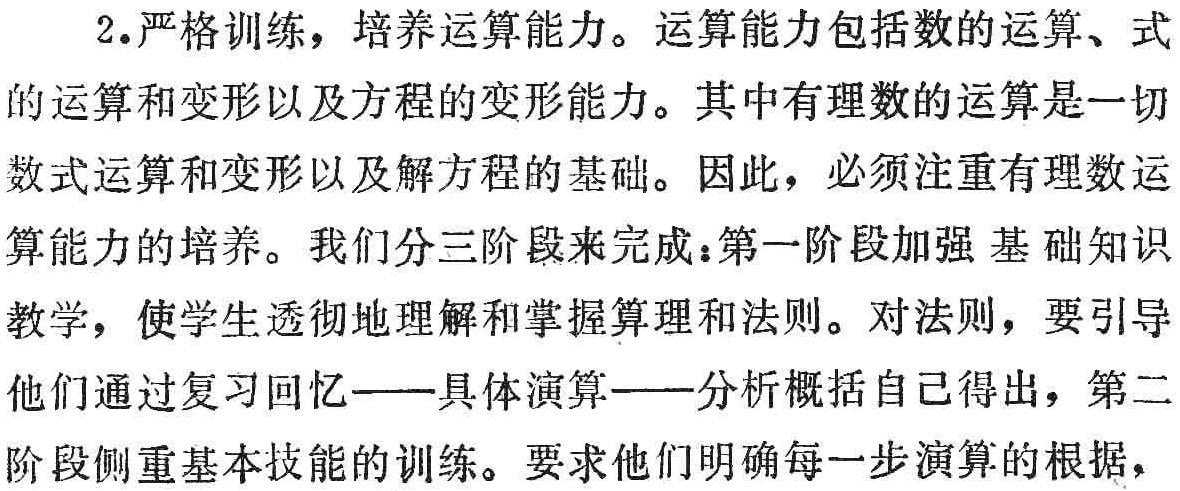
2.严格训练，培养运算能力。运算能力包括数的运算、式

的运算和变形以及方程的变形能力。其中有理数的运算是一切

数式运算和变形以及解方程的基础。因此，必须注重有理数运

算能力的培养。我们分三阶段来完成：第一阶段加强 基础知识

教学，使学生透彻地理解和掌握算理和法则。对法则，要引导

他们通过复习回忆——具体演算——分析概括自己得出，第二

阶段侧重基本技能的训练。要求他们明确每一步演算的根据，